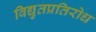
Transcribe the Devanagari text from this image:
विद्युतप्रतिरोध